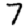
Digit: 7